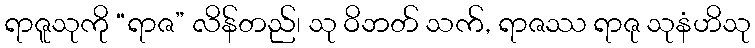
ရာဇူသုကို “ရာဇ” လိန်တည်၊ သု ဝိဘတ် သက်, ရာဇဿ ရာဇု သုနံဟိသု